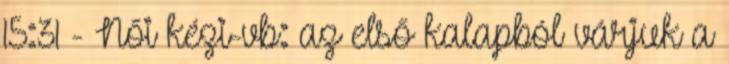
15:31 - Női kézi-vb: az első kalapból várjuk a